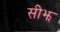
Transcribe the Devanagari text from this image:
सीझ